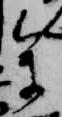
参